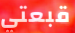
قبعتي